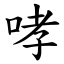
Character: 哮